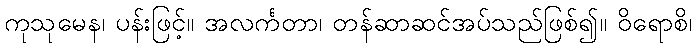
ကုသုမေန၊ ပန်းဖြင့်။ အလင်္ကတာ၊ တန်ဆာဆင်အပ်သည်ဖြစ်၍။ ဝိရောစိ၊